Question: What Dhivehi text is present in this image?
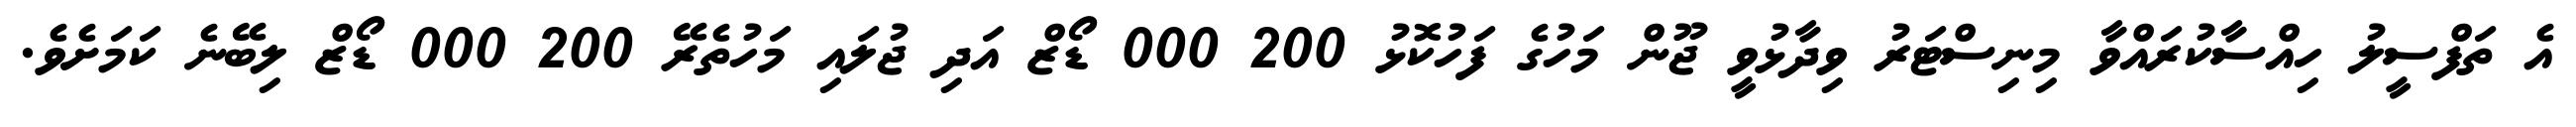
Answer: އެ ތަފްސީލު ހިއްސާކުރައްވާ މިނިސްޓަރު ވިދާޅުވީ ޖޫން މަހުގެ ފަހުކޮޅު 200 000 ޑޯޒް އަދި ޖުލައި މަހުތެރޭ 200 000 ޑޯޒް ލިބޭނެ ކަމަށެވެ.